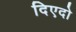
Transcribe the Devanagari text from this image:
दिएदो